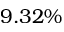
9 . 3 2 \%